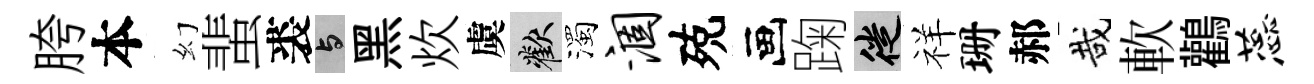
胯本幻蜚裘与黑炊虞歡濁涸殑画踘徙祥珊郝哉軟鸛蕊